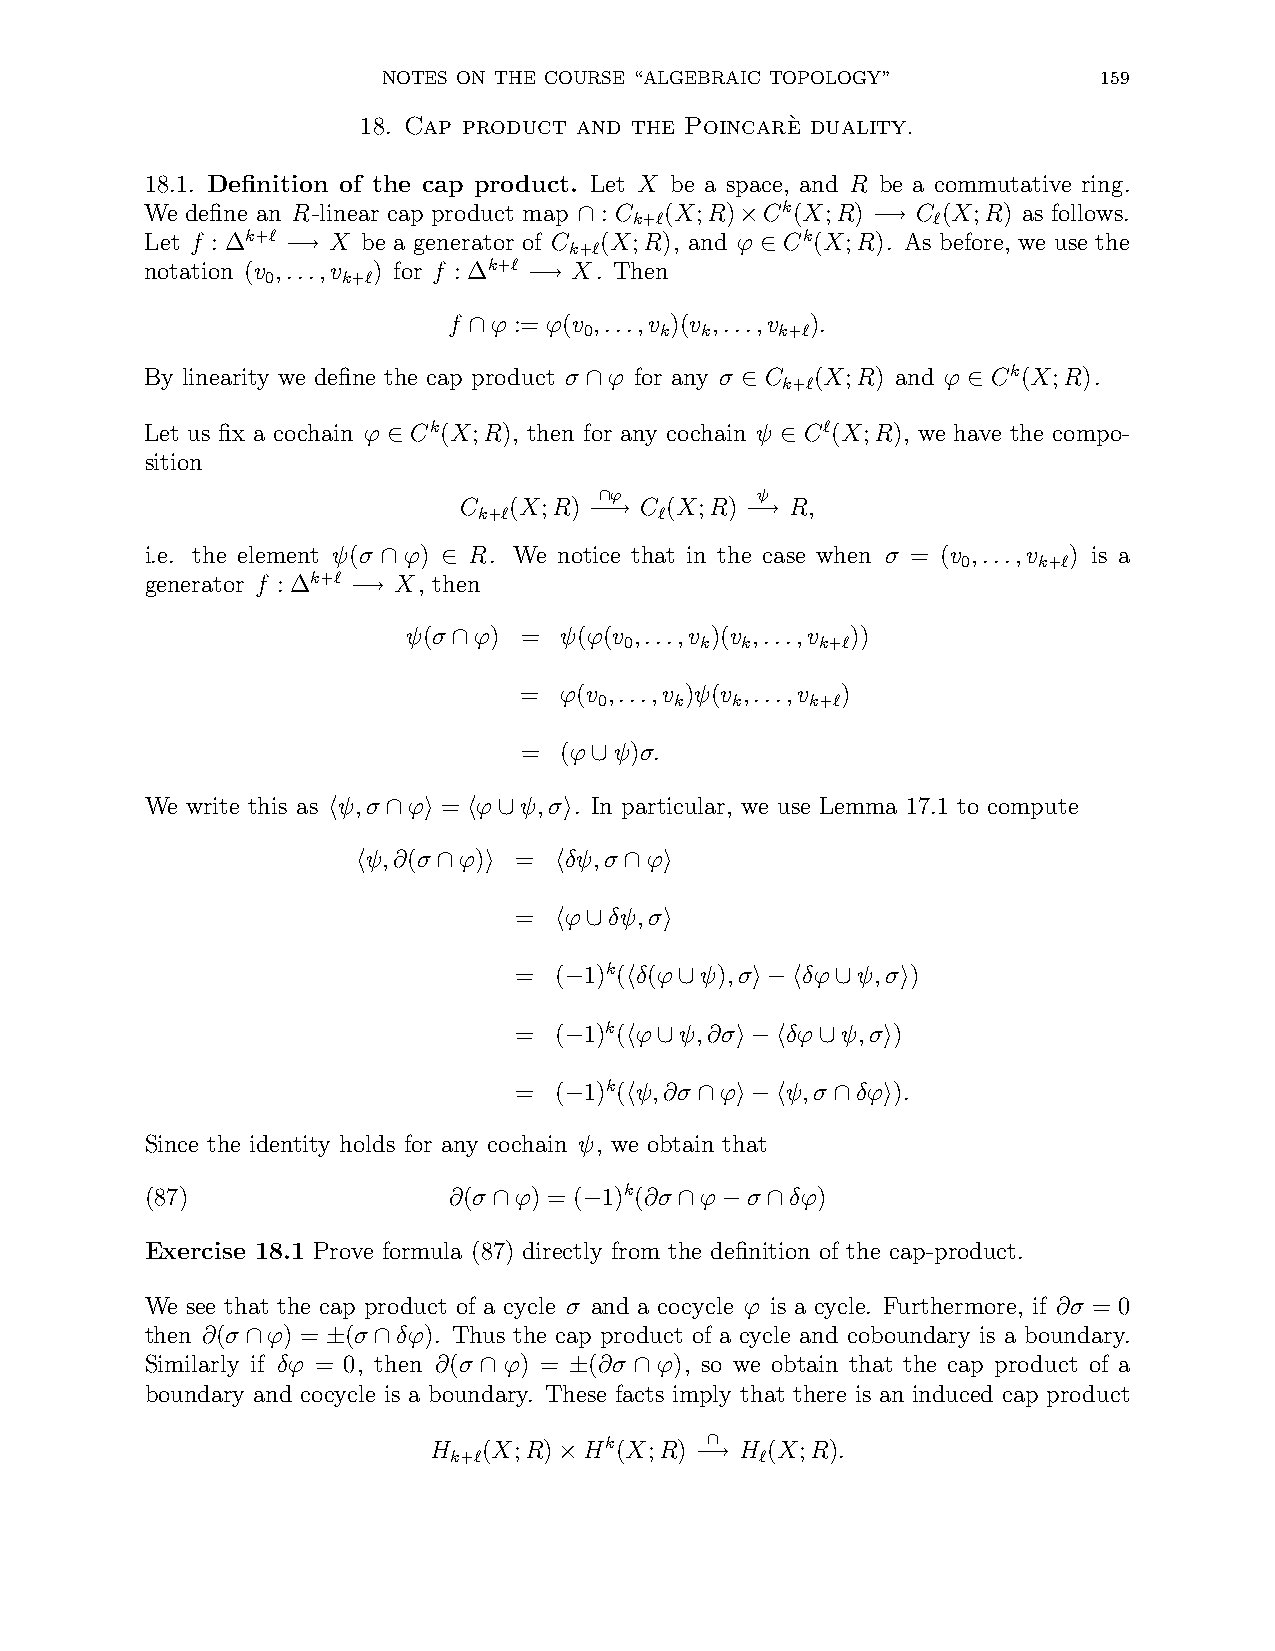
NOTES ON THE COURSE “ALGEBRAIC TOPOLOGY”        159
 18. Cap product and the Poincar`e duality.
 18.1. Definition of the cap product. Let X be a space, and R be a commutative ring.
 We define an R-linear cap product map : C (X;R) Ck(X;R) C (X;R) as follows.
 k+ℓ                 ℓ
 ∩          ×        −→
 Let f : ∆k+ℓ X be a generator of C (X;R), and ϕ Ck(X;R). As before, we use the
 k+ℓ
 −→                             ∈
 notation (v ,...,v ) for f : ∆k+ℓ X. Then
 0    k+ℓ
 −→
 f ϕ := ϕ(v ,...,v )(v ,...,v ).
 0    k k     k+ℓ
 ∩
 By linearity we define the cap product σ ϕ for any σ C (X;R) and ϕ Ck(X;R).
 k+ℓ
 ∩         ∈              ∈
 Let us fix a cochain ϕ Ck(X;R), then for any cochain ψ Cℓ(X;R), we have the compo-
 ∈                         ∈
 sition
 ϕ         ψ
 C   (X;R) ∩ C (X;R)   R,
 k+ℓ         ℓ
 −−→       −→
 i.e. the element ψ(σ ϕ) R. We notice that in the case when σ = (v ,...,v ) is a
 0    k+ℓ
 ∩   ∈
 generator f : ∆k+ℓ X, then
 −→
 ψ(σ ϕ) =  ψ(ϕ(v ,...,v )(v ,...,v ))
 0    k  k    k+ℓ
 ∩
 =  ϕ(v ,...,v )ψ(v ,...,v )
 0    k  k     k+ℓ
 =  (ϕ  ψ)σ.
 ∪
 We write this as ψ,σ ϕ = ϕ ψ,σ . In particular, we use Lemma 17.1 to compute
 h   ∩ i  h ∪   i
 ψ,∂(σ ϕ)  =  δψ,σ  ϕ
 h    ∩  i    h   ∩  i
 =  ϕ  δψ,σ
 h ∪    i
 =  ( 1)k( δ(ϕ ψ),σ δϕ  ψ,σ )
 −   h   ∪    i−h  ∪    i
 =  ( 1)k( ϕ ψ,∂σ  δϕ  ψ,σ )
 −   h ∪     i−h  ∪   i
 =  ( 1)k( ψ,∂σ ϕ  ψ,σ  δϕ ).
 −   h    ∩  i−h   ∩  i
 Since the identity holds for any cochain ψ, we obtain that
 (87)                ∂(σ ϕ) = ( 1)k(∂σ ϕ σ δϕ)
 ∩     −     ∩  −  ∩
 Exercise 18.1 Prove formula (87) directly from the definition of the cap-product.
 We see that the cap product of a cycle σ and a cocycle ϕ is a cycle. Furthermore, if ∂σ = 0
 then ∂(σ ϕ) = (σ δϕ). Thus the cap product of a cycle and coboundary is a boundary.
 ∩     ±  ∩
 Similarly if δϕ = 0, then ∂(σ ϕ) = (∂σ ϕ), so we obtain that the cap product of a
 ∩     ±   ∩
 boundary and cocycle is a boundary. These facts imply that there is an induced cap product
 H k+ℓ(X;R) Hk(X;R) ∩ H ℓ(X;R).
 ×        −→